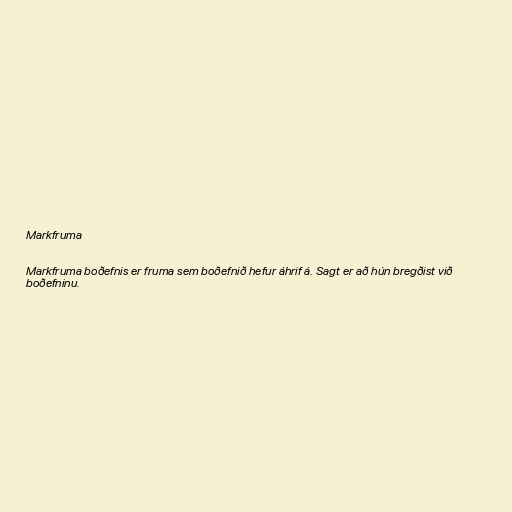
Markfruma

Markfruma boðefnis er fruma sem boðefnið hefur áhrif á. Sagt er að hún bregðist við
boðefninu.